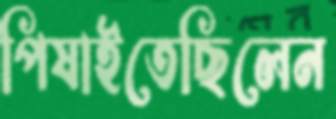
পিষাইতেছিলেন